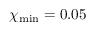
\chi _ { \mathrm { m i n } } = 0 . 0 5